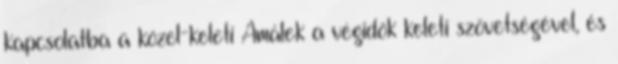
kapcsolatba a közel-keleti Amálek a végidők keleti szövetségével, és